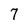
Character: 7